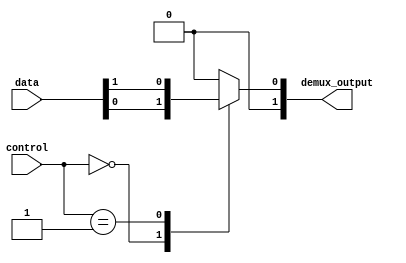
module demux #(parameter WIDTH = 2)
(
  input wire [WIDTH-1:0] data,
  input wire [WIDTH-1:0] control,
  output reg [WIDTH-1:0] demux_output
);

always @(*)
begin
  case(control)
    2'b00: demux_output = data[0];
    2'b01: demux_output = data[1];
    //Add more cases for additional output signals if needed
    default: demux_output = 0;
  endcase
end

endmodule